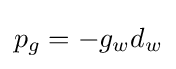
p_{g}=-g_{w}d_{w}